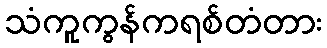
သံကူကွန်ကရစ်တံတား